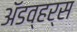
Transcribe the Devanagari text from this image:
अॅडव्हर्स